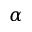
\alpha